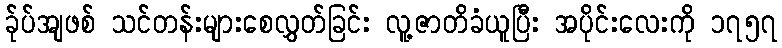
ခ်ုပ်အျဖစ် သင်တန်းများစေလွှတ်ခြင်း လူ့ဇာတိခံယူပြီး အပိုင်းလေးကို ၁၇၅၇